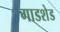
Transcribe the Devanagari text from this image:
गाडशेड